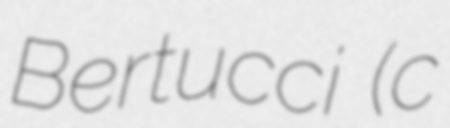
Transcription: Bertucci (c